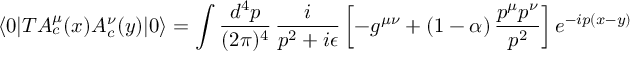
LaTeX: \langle 0 | T A _ { c } ^ { \mu } ( x ) A _ { c } ^ { \nu } ( y ) | 0 \rangle = \int \frac { d ^ { 4 } p } { ( 2 \pi ) ^ { 4 } } \, \frac { i } { p ^ { 2 } + i \epsilon } \left[ - g ^ { \mu \nu } + ( 1 - \alpha ) \, \frac { p ^ { \mu } p ^ { \nu } } { p ^ { 2 } } \right] e ^ { - i p ( x - y ) }